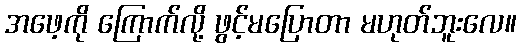
အဖေ့ကို ကြောက်လို့ ဖွင့်မပြောတာ မဟုတ်ဘူးလေ။